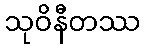
သုဝိနီတဿ